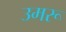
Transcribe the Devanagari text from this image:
उमरू